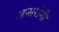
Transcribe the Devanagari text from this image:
अप्सरांनी